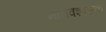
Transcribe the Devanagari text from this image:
मानवशासक